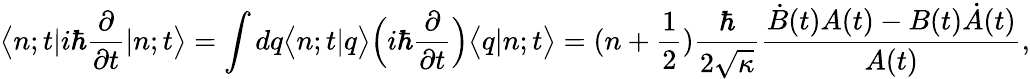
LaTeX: \bigl<n;t|i\hbar\frac{\partial}{\partial t}|n;t\bigr>=\int dq\bigl<n;t|q\bigr>\Bigl(i\hbar\frac{\partial}{\partial t}\Bigr)\bigl<q|n;t\bigr>=(n+\frac{1}{2})\frac{\hbar}{2\sqrt{\kappa}}\frac{\dot{B}(t)A(t)-B(t)\dot{A}(t)}{A(t)},